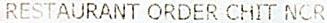
RESTAURANT ORDER CHIT NCR